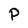
Character: P